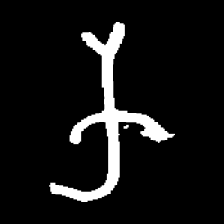
Pyu character \u2014 Myanmar letter: က (romanized: ka)